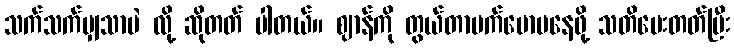
သက်သက်မျှသာပဲ လို့ ဆိုတတ် ပါတယ်။ ဈာန်ကို တွယ်တာမက်မောမနေဖို့ သတိပေးတတ်ပြီး